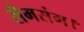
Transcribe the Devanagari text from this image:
सैमसंग।